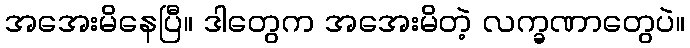
အအေးမိနေပြီ။ ဒါတွေက အအေးမိတဲ့ လက္ခဏာတွေပဲ။